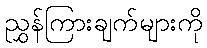
ညွှန်ကြားချက်များကို